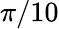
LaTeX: \pi/10